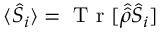
\langle \hat { S } _ { i } \rangle = \mathrm { ~ T ~ r ~ } [ \hat { \hat { \rho } } \hat { S } _ { i } ]